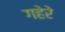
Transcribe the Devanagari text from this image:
गहेरे